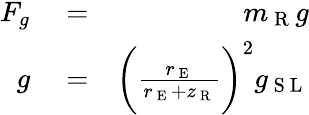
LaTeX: \begin{array}{rlr}{F_{g}}&{{}=}&{m_{\mathrm{~R~}}g}\\ {g}&{{}=}&{\bigg(\frac{r_{\mathrm{~E~}}}{r_{\mathrm{~E~}}+z_{\mathrm{~R~}}}\bigg)^{2}g_{\mathrm{~S~L~}}}\end{array}